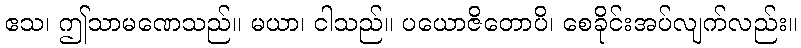
ဧသ၊ ဤသာမဏေသည်။ မယာ၊ ငါသည်။ ပယောဇိတောပိ၊ စေခိုင်းအပ်လျက်လည်း။